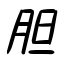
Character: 胆